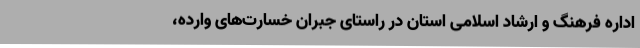
اداره فرهنگ و ارشاد اسلامی استان در راستای جبران خسارت‌های وارده،